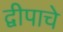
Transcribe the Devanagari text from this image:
द्वीपाचे